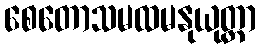
စေတောသမထမနုယုတ္တာ